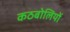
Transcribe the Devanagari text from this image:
कठबोलियों